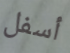
أسفل